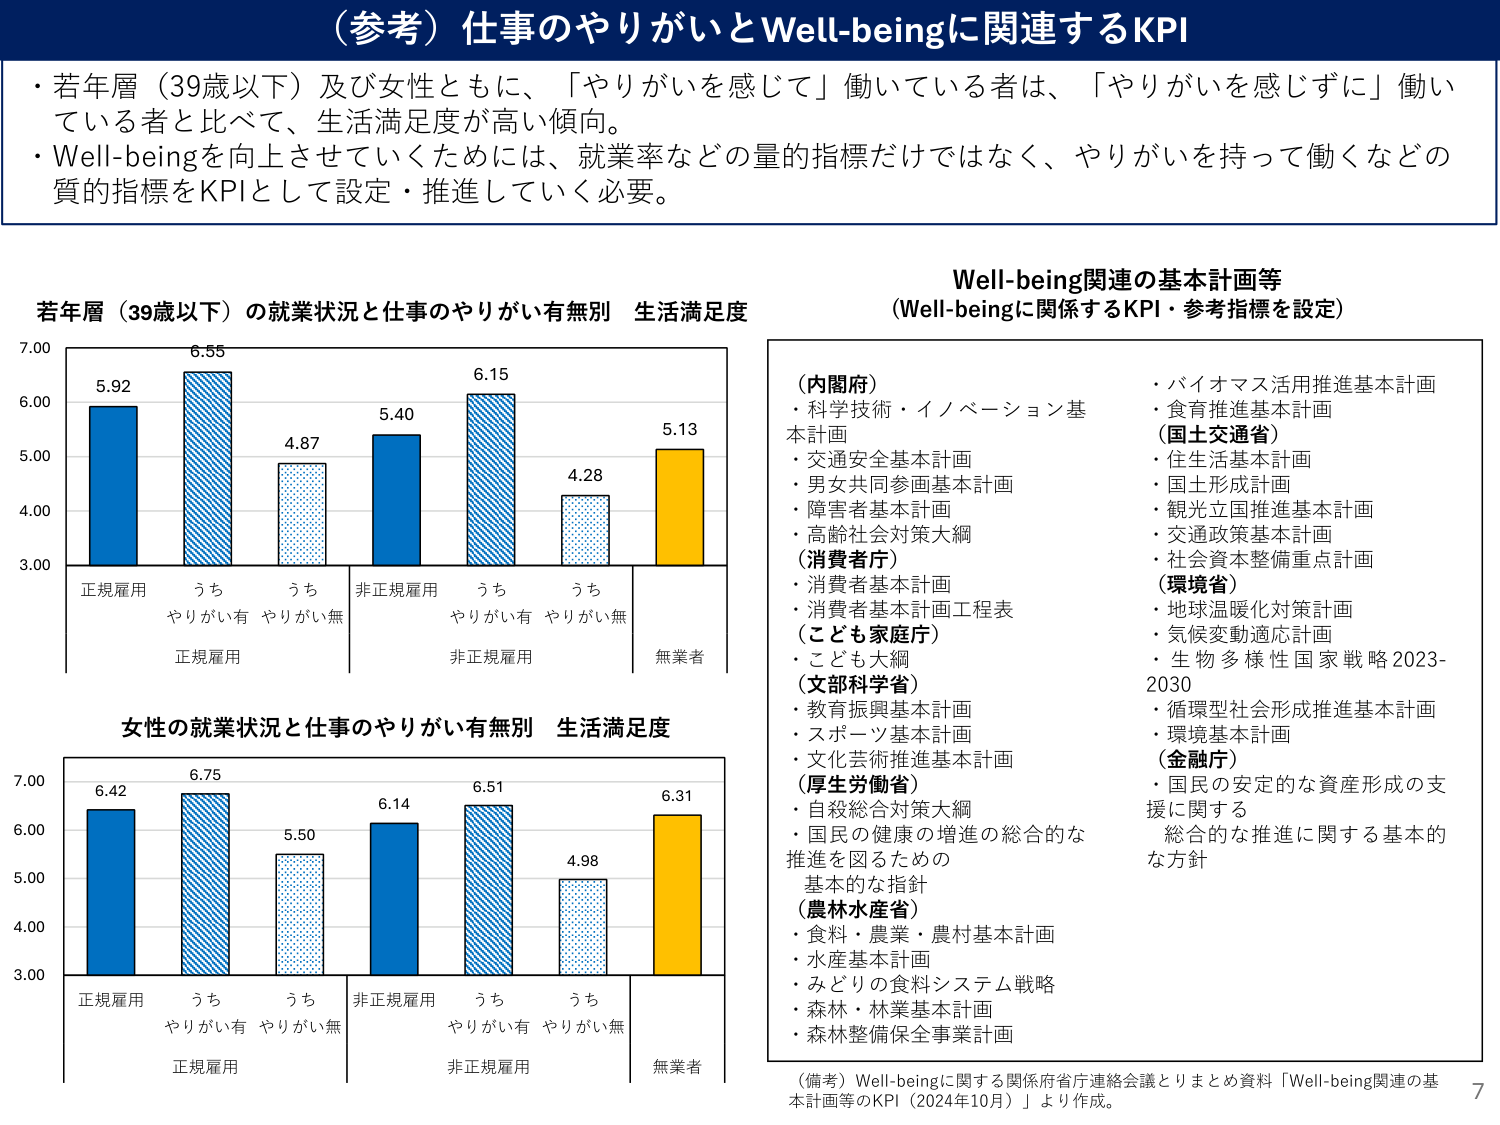
（参考）仕事のやりがいとWell-beingに関連するKPI

・若年層（39歳以下）及び女性ともに、「やりがいを感じて」働いている者は、「やりがいを感じずに」働いている者と比べて、生活満足度が高い傾向。
・Well-beingを向上させていくためには、就業率などの量的指標だけではなく、やりがいを持って働くなどの質的指標をKPIとして設定・推進していく必要。

若年層（39歳以下）の就業状況と仕事のやりがい有無別 生活満足度
7.00
6.00
5.00
4.00
3.00
正規雇用 5.92
うち やりがい有 6.55
うち やりがい無 4.87
非正規雇用 5.40
うち やりがい有 6.15
うち やりがい無 4.28
無業者 5.13

女性の就業状況と仕事のやりがい有無別 生活満足度
7.00
6.00
5.00
4.00
3.00
正規雇用 6.42
うち やりがい有 6.75
うち やりがい無 5.50
非正規雇用 6.14
うち やりがい有 6.51
うち やりがい無 4.98
無業者 6.31

Well-being関連の基本計画等
（Well-beingに関係するKPI・参考指標を設定）

（内閣府）
・科学技術・イノベーション基本計画
・交通安全基本計画
・男女共同参画基本計画
・障害者基本計画
・高齢社会対策大綱

（消費者庁）
・消費者基本計画
・消費者基本計画工程表

（こども家庭庁）
・こども大綱

（文部科学省）
・教育振興基本計画
・スポーツ基本計画
・文化芸術推進基本計画

（厚生労働省）
・自殺総合対策大綱
・国民の健康の増進の総合的な推進を図るための基本的な指針

（農林水産省）
・食料・農業・農村基本計画
・水産基本計画
・みどりの食料システム戦略
・森林・林業基本計画
・森林整備保全事業計画

（国土交通省）
・住生活基本計画
・国土形成計画
・観光立国推進基本計画
・交通政策基本計画
・社会資本整備重点計画

（環境省）
・地球温暖化対策計画
・気候変動適応計画
・生物多様性国家戦略2023-2030
・循環型社会形成推進基本計画
・環境基本計画

（金融庁）
・国民の安定的な資産形成の支援に関する
総合的な推進に関する基本的な方針

（備考）Well-beingに関する関係府省庁連絡会議とりまとめ資料「Well-being関連の基本計画等のKPI（2024年10月）」より作成。

7